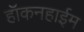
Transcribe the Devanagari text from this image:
हॉकनहाईम